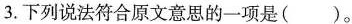
3.下列说法符合原文意思的一项是()。